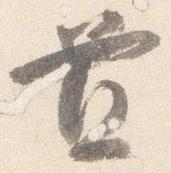
置